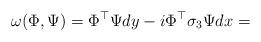
LaTeX: \begin{align*}\omega(\Phi,\Psi) = \Phi^\top \Psi dy - i \Phi^\top \sigma_3 \Psi dx=\end{align*}